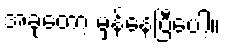
အခုတော့ မှန်နေပြီပေါ့။